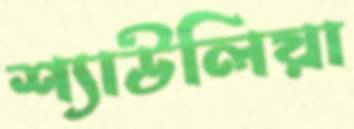
শ্যাউলিয়া